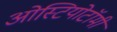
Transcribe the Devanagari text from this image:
ओस्टियोटॉमी